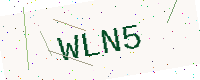
Text: WLN5